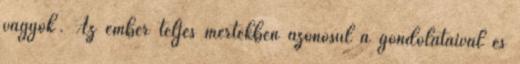
vagyok'. Az ember teljes mértékben azonosul a gondolataival és